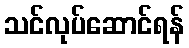
သင်လုပ်ဆောင်ရန်